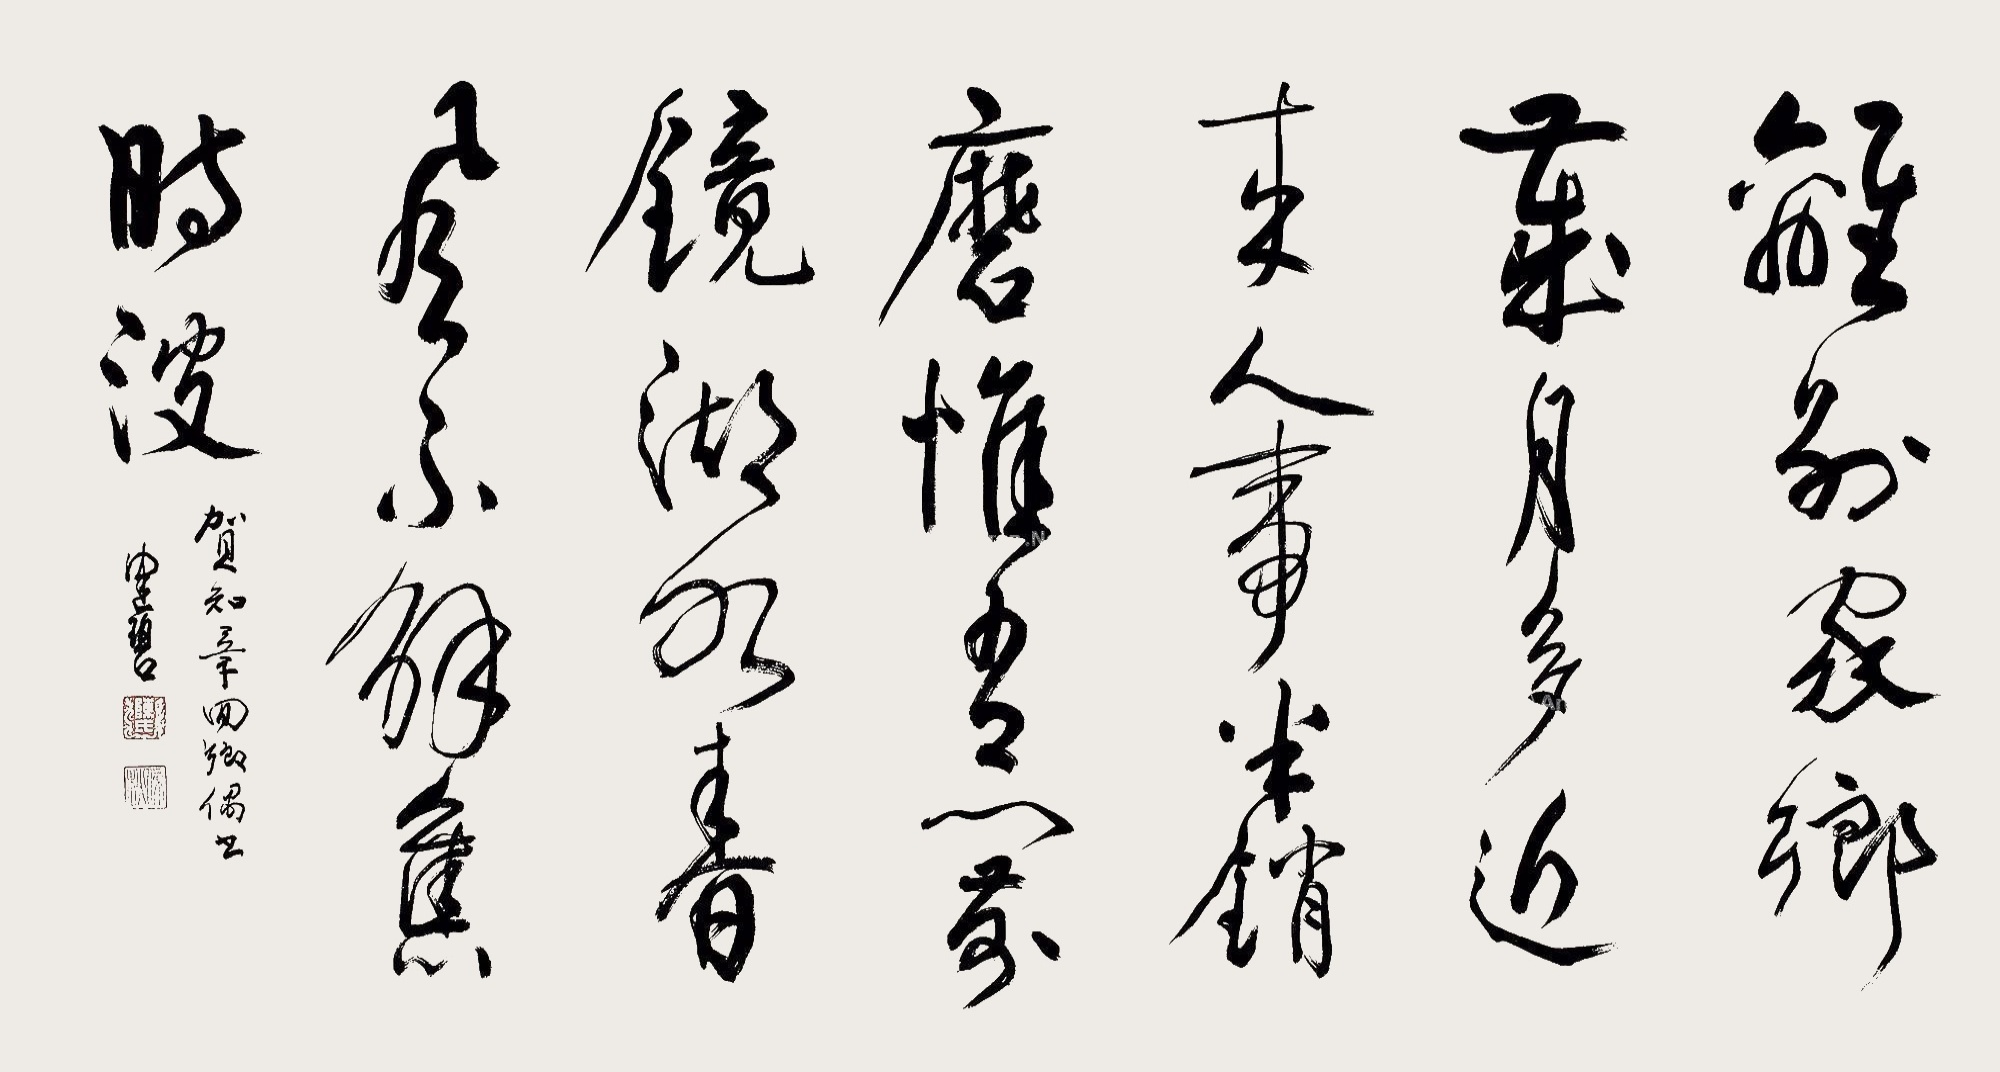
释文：离别家乡岁月多，近来人事半销磨。唯有门前镜湖水，春风不醉旧时波。贺知章回乡偶书，健碧。